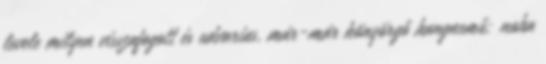
levele milyen visszafogott és udvarias, már-már könyörgő hangnemű; noha